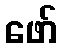
ဖော်